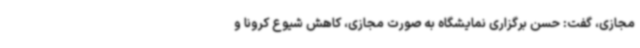
مجازی، گفت: حسن برگزاری نمایشگاه به صورت مجازی، کاهش شیوع کرونا و